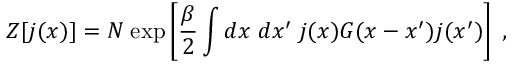
{ \cal Z } [ j ( x ) ] = { \cal N } \; \mathrm { e x p } \left[ { \frac { \beta } { 2 } } \int d x \; d x ^ { \prime } \; j ( x ) { \cal G } ( x - x ^ { \prime } ) j ( x ^ { \prime } ) \right] \; ,